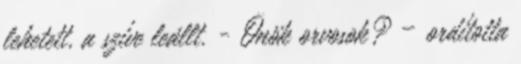
lehetett, a szíve leállt. - Önök orvosok? – ordította